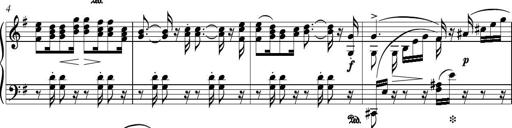
Title: Piano Sonatina in G major
Composer: Johan Peter Emilius Hartmann
Key: G major